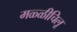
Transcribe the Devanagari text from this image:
मळ्ळीचिलू